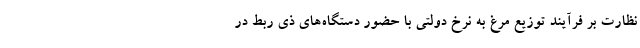
نظارت بر فرآیند توزیع مرغ به نرخ دولتی با حضور دستگاه‌های ذی ربط در